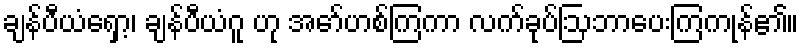
ချန်ပီယံရှော့၊ ချန်ပီယံဂူ ဟု အော်ဟစ်ကြကာ လက်ခုပ်ဩဘာပေးကြကုန်၏။